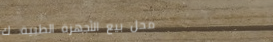
محل بيع الأجهزة الطبية: ك